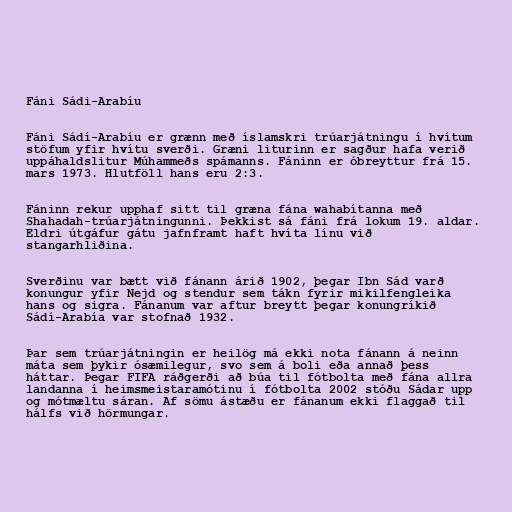
Fáni Sádi-Arabíu

Fáni Sádí-Arabíu er grænn með íslamskri trúarjátningu í hvítum
stöfum yfir hvítu sverði. Græni liturinn er sagður hafa verið
uppáhaldslitur Múhammeðs spámanns. Fáninn er óbreyttur frá 15.
mars 1973. Hlutföll hans eru 2:3.

Fáninn rekur upphaf sitt til græna fána wahabítanna með
Shahadah-trúarjátningunni. Þekkist sá fáni frá lokum 19. aldar.
Eldri útgáfur gátu jafnframt haft hvíta línu við
stangarhliðina.

Sverðinu var bætt við fánann árið 1902, þegar Ibn Sád varð
konungur yfir Nejd og stendur sem tákn fyrir mikilfengleika
hans og sigra. Fánanum var aftur breytt þegar konungríkið
Sádí-Arabía var stofnað 1932.

Þar sem trúarjátningin er heilög má ekki nota fánann á neinn
máta sem þykir ósæmilegur, svo sem á boli eða annað þess
háttar. Þegar FIFA ráðgerði að búa til fótbolta með fána allra
landanna í heimsmeistaramótinu í fótbolta 2002 stóðu Sádar upp
og mótmæltu sáran. Af sömu ástæðu er fánanum ekki flaggað til
hálfs við hörmungar.